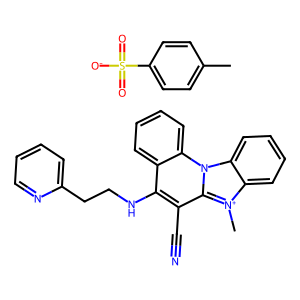
SMILES: C[n+]1c2ccccc2n2c3ccccc3c(NCCc3ccccn3)c(C#N)c21.Cc1ccc(S(=O)(=O)[O-])cc1
Inhibits HIV replication: No